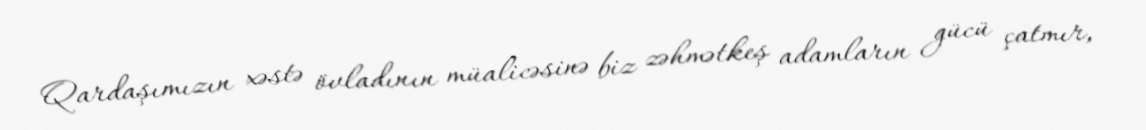
Qardaşımızın xəstə övladının müalicəsinə biz zəhmətkeş adamların gücü çatmır,